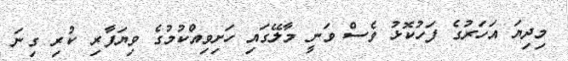
މިިދިޔަ އަހަރުގެ ފަހުކޮޅު ވެސް ވަނީ މާލޭގައި ހަށިވިއްކުމުގެ ވިޔަފާރި ކުރި ގިނަ